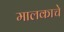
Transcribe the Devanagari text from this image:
मालकाचे